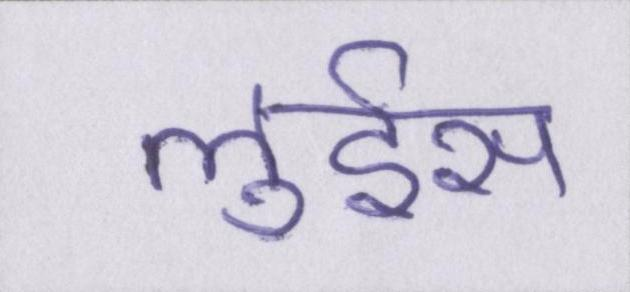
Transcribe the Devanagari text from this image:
लुईस